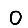
Digit: 0